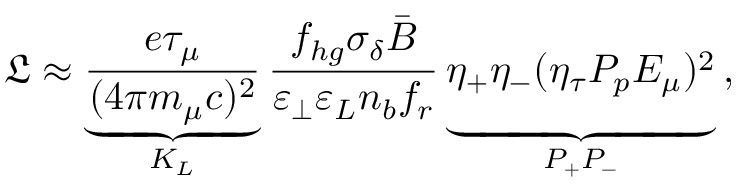
\mathfrak { L } \approx \underbrace { \frac { e \tau _ { \mu } } { ( 4 \pi m _ { \mu } c ) ^ { 2 } } } _ { K _ { L } } \frac { f _ { h g } \sigma _ { \delta } \bar { B } } { \varepsilon _ { \perp } \varepsilon _ { L } n _ { b } f _ { r } } \underbrace { \eta _ { + } \eta _ { - } ( \eta _ { \tau } P _ { p } E _ { \mu } ) ^ { 2 } \vphantom { \frac { e \tau _ { \mu } } { ( m _ { \mu } ) ^ { 2 } } } } _ { P _ { + } P _ { - } } \, ,